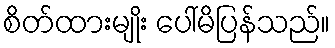
စိတ်ထားမျိုး ပေါ်မိပြန်သည်။